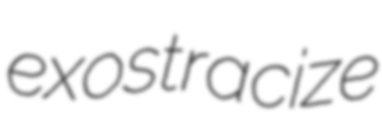
exostracize